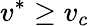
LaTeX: v^{*}\geq v_{c}